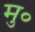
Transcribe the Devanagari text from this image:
मु०